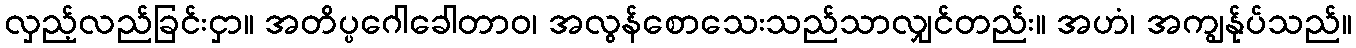
လှည့်လည်ခြင်းငှာ။ အတိပ္ပဂေါခေါတာဝ၊ အလွန်စောသေးသည်သာလျှင်တည်း။ အဟံ၊ အကျွန်ုပ်သည်။